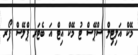
މޭކް އަލިޓިލް ސްޕޭސް ޓު މޭކް އިޓް އަ ބެޓަރ ޕްލޭސް ފޯރ